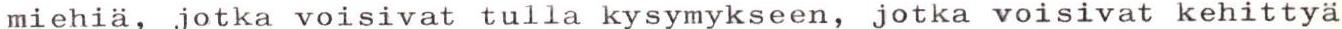
miehiä, jotka voisivat tulla kysymykseen, jotka voisivat kehittyä